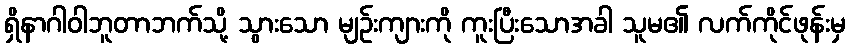
ရှိနာဂါဝါဘူတာဘက်သို့ သွားသော မျဉ်းကျားကို ကူးပြီးသောအခါ သူမ၏ လက်ကိုင်ဖုန်းမှ